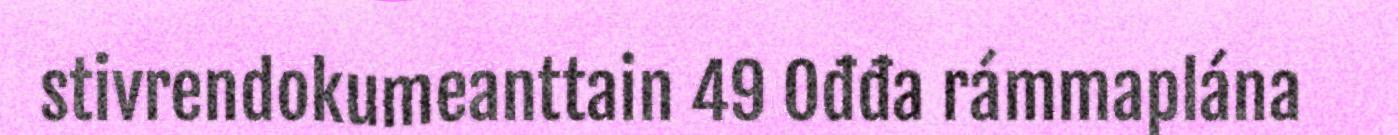
stivrendokumeanttain 49 Ođđa rámmaplána